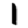
Digit: 1